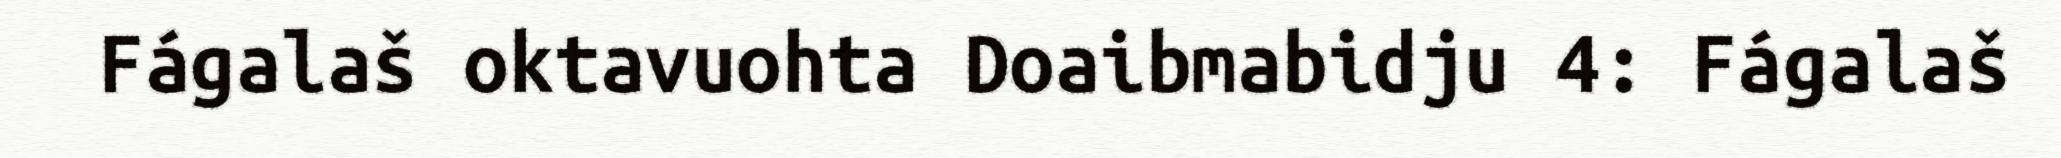
Fágalaš oktavuohta Doaibmabidju 4: Fágalaš